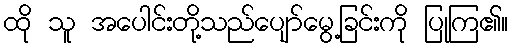
ထို သူ အပေါင်းတို့သည်ပျော်မွေ့ခြင်းကို ပြုကြ၏။